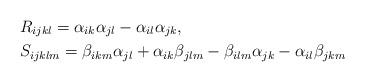
LaTeX: \begin{align*}& R_{ijkl} = \alpha_{ik}\alpha_{jl}-\alpha_{il}\alpha_{jk}, \\& S_{ijklm} = \beta_{ikm}\alpha_{jl}+\alpha_{ik}\beta_{jlm}-\beta_{ilm}\alpha_{jk}-\alpha_{il}\beta_{jkm}\end{align*}